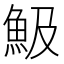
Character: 魥